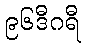
၉၆ဒီဂရီ